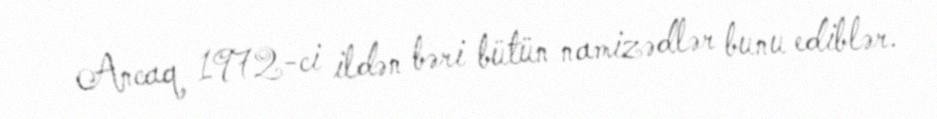
Ancaq 1972-ci ildən bəri bütün namizədlər bunu ediblər.